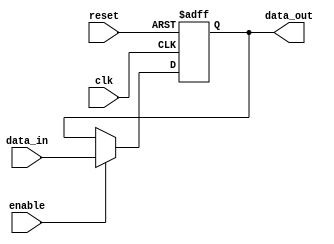
module output_register #(
    parameter WIDTH = 8  // Parameter to define the width of the register
)(
    input wire clk,       // Clock input
    input wire reset,     // Asynchronous reset input
    input wire enable,    // Enable input
    input wire [WIDTH-1:0] data_in, // Data input
    output reg [WIDTH-1:0] data_out  // Data output
);

// Always block for synchronous operation
always @(posedge clk or posedge reset) begin
    if (reset) begin
        data_out <= {WIDTH{1'b0}}; // Reset output to zero
    end else if (enable) begin
        data_out <= data_in; // Latch data on clock edge if enabled
    end
    // If enable is low, data_out retains its previous value
end

endmodule